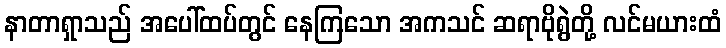
နာတာရှာသည် အပေါ်ထပ်တွင် နေကြသော အကသင် ဆရာဗိုရွဲတို့ လင်မယားထံ